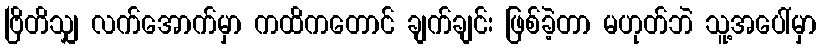
ဗြိတိသျှ လက်အောက်မှာ ကထိကတောင် ချက်ချင်း ဖြစ်ခဲ့တာ မဟုတ်ဘဲ သူ့အပေါ်မှာ